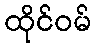
ထိုင်ဝမ်